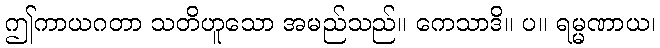
ဤကာယဂတာ သတိဟူသော အမည်သည်။ ကေသာဒိ။ ပ။ ရမ္မဏာယ၊